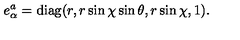
e _ { \alpha } ^ { a } = \mathrm { d i a g } ( r , r \sin \chi \sin \theta , r \sin \chi , 1 ) .